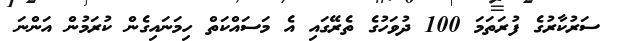
ސަރުކާރުގެ ފުރަތަމަ 100 ދުވަހުގެ ތެރޭގައި އެ މަސައްކަތް ހިމަނައިގެން ކުރަމުން އަންނަ